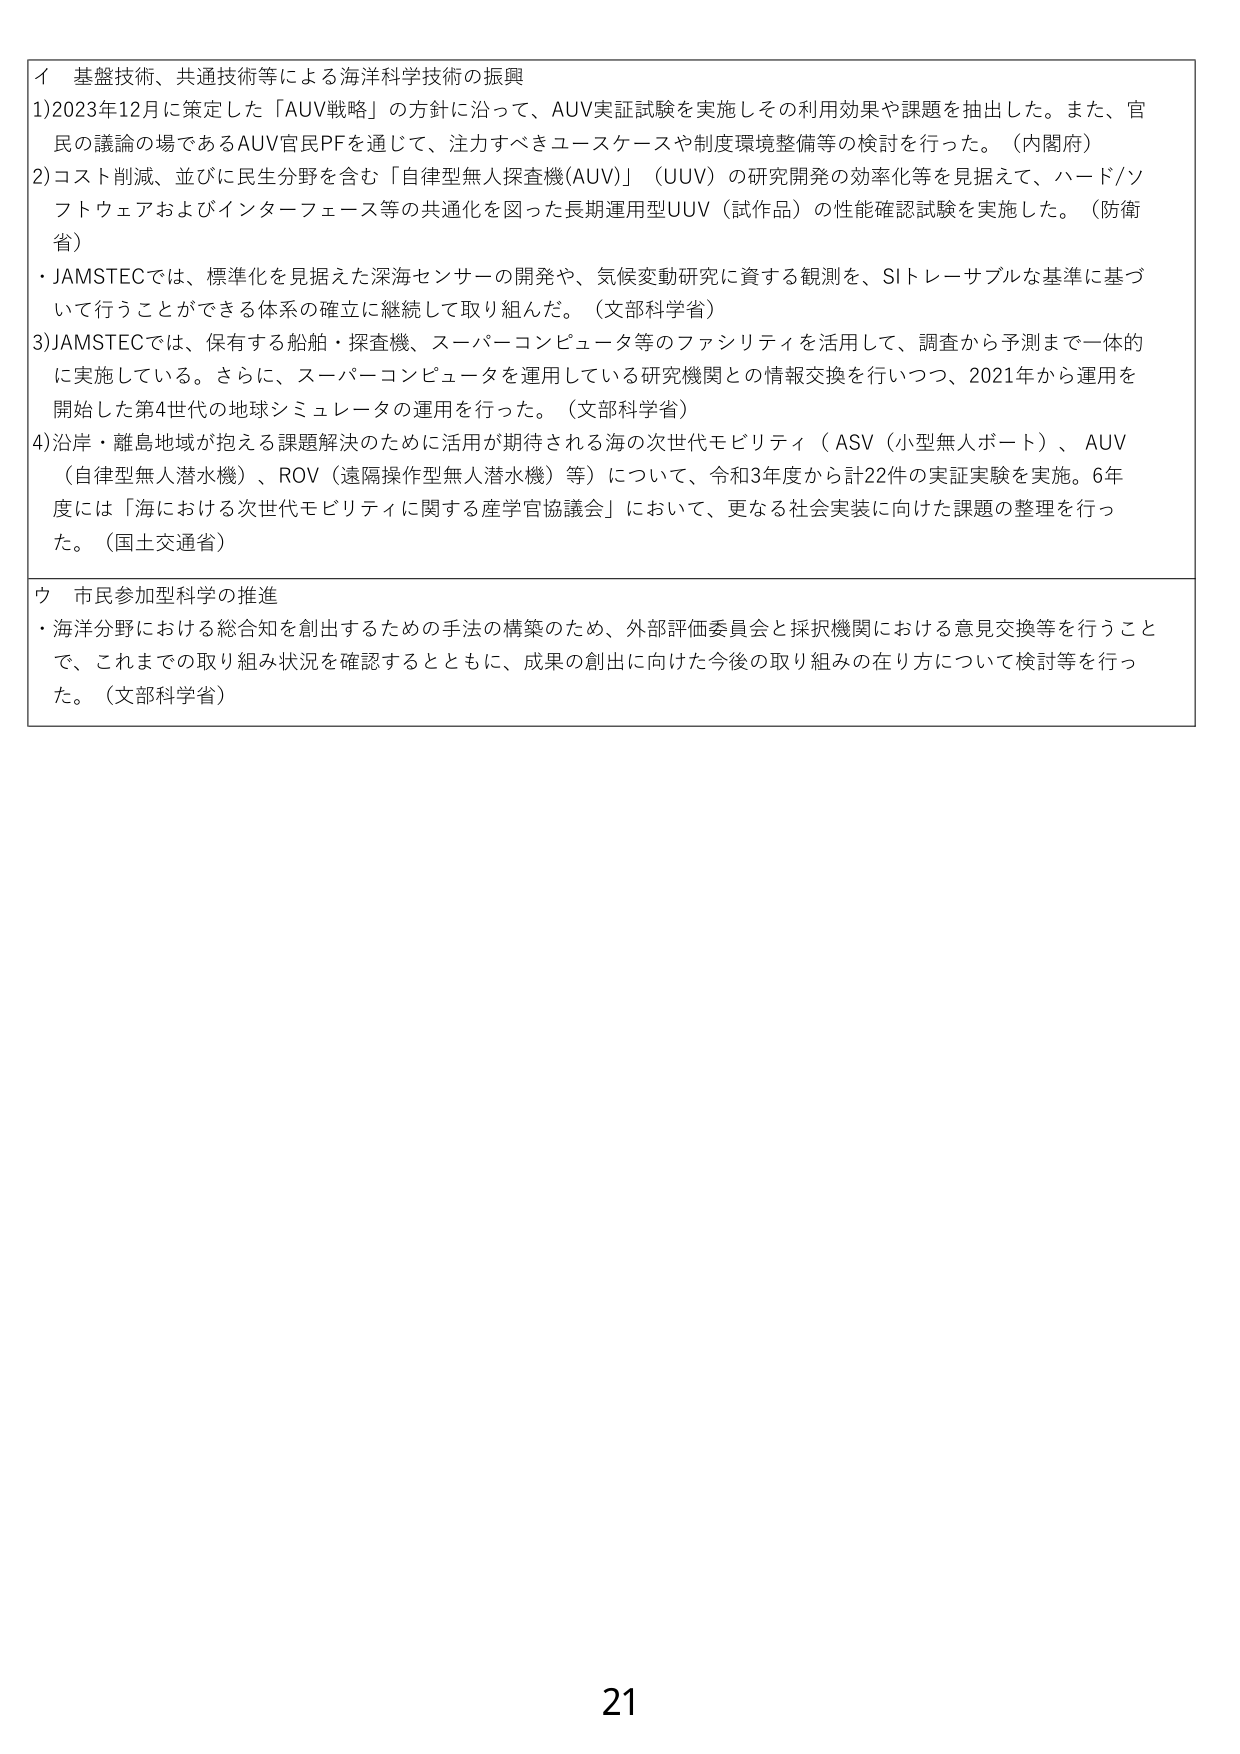
イ 基盤技術、共通技術等による海洋科学技術の振興
1)2023年12月に策定した「AUV戦略」の方針に沿って、AUV実証試験を実施しその利用効果や課題を抽出した。また、官民の議論の場であるAUV官民PFを通じて、注力すべきユースケースや制度環境整備等の検討を行った。（内閣府）
2)コスト削減、並びに民生分野を含む「自律型無人探査機(AUV)」（UUV）の研究開発の効率化等を見据えて、ハード/ソフトウェアおよびインターフェース等の共通化を図った長期運用型UUV（試作品）の性能確認試験を実施した。（防衛省）
・JAMSTECでは、標準化を見据えた深海センサーの開発や、気候変動研究に資する観測を、SIトレーサブルな基準に基づいて行うことができる体系の確立に継続して取り組んだ。（文部科学省）
3)JAMSTECでは、保有する船舶・探査機、スーパーコンピュータ等のファシリティを活用して、調査から予測まで一体的に実施している。さらに、スーパーコンピュータを運用している研究機関との情報交換を行いつつ、2021年から運用を開始した第4世代の地球シミュレータの運用を行った。（文部科学省）
4)沿岸・離島地域が抱える課題解決のために活用が期待される海の次世代モビリティ（ASV（小型無人ボート）、AUV（自律型無人潜水機）、ROV（遠隔操作型無人潜水機）等）について、令和3年度から計22件の実証実験を実施。6年度には「海における次世代モビリティに関する産学官協議会」において、更なる社会実装に向けた課題の整理を行った。（国土交通省）

ウ 市民参加型科学の推進
・海洋分野における総合知を創出するための手法の構築のため、外部評価委員会と採択機関における意見交換等を行うことで、これまでの取り組み状況を確認するとともに、成果の創出に向けた今後の取り組みの在り方について検討等を行った。（文部科学省）

21